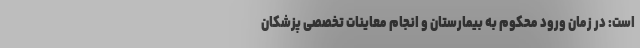
است: در زمان ورود محکوم به بیمارستان و انجام معاینات تخصصی پزشکان